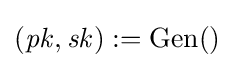
({\mathit {pk}},{\mathit {sk}}):=\operatorname {Gen} ()